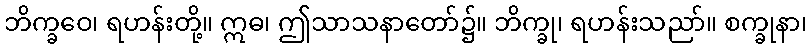
ဘိက္ခဝေ၊ ရဟန်းတို့။ ဣဓ၊ ဤသာသနာတော်၌။ ဘိက္ခု၊ ရဟန်းသညာ်။ စက္ခုနာ၊